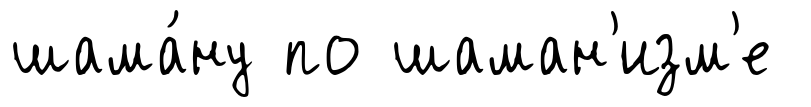
шама́ну по шаман'изм'е